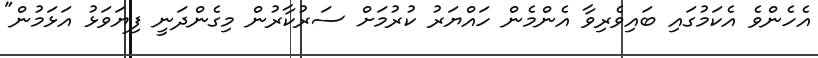
އެހެންވެ އެކަމުގައި ބައިވެރިވާ އެންމެން ހައްޔަރު ކުރުމަށް ސަރުކާރުން މިގެންދަނީ ފިޔަވަޅު އަޅަމުން"